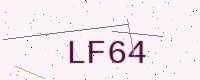
Text: LF64